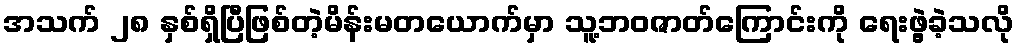
အသက် ၂၈ နှစ်ရှိပြီဖြစ်တဲ့မိန်းမတယောက်မှာ သူ့ဘဝဇာတ်ကြောင်းကို ရေးဖွဲ့ခဲ့သလို